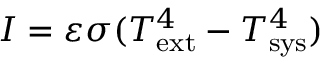
I = \varepsilon \sigma ( T _ { \mathrm { e x t } } ^ { 4 } - T _ { \mathrm { s y s } } ^ { 4 } )